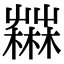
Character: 𣞆